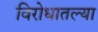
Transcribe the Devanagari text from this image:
विरोधातल्या